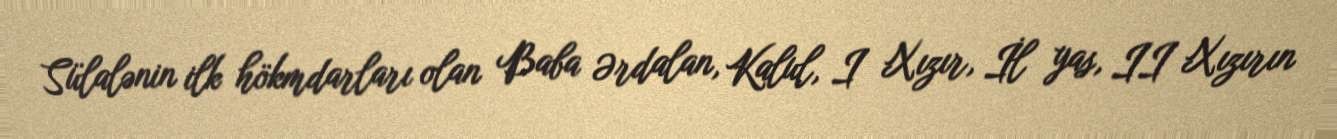
Sülalənin ilk hökmdarları olan Baba Ərdalan, Kalul, I Xızır, İl yas, II Xızırın